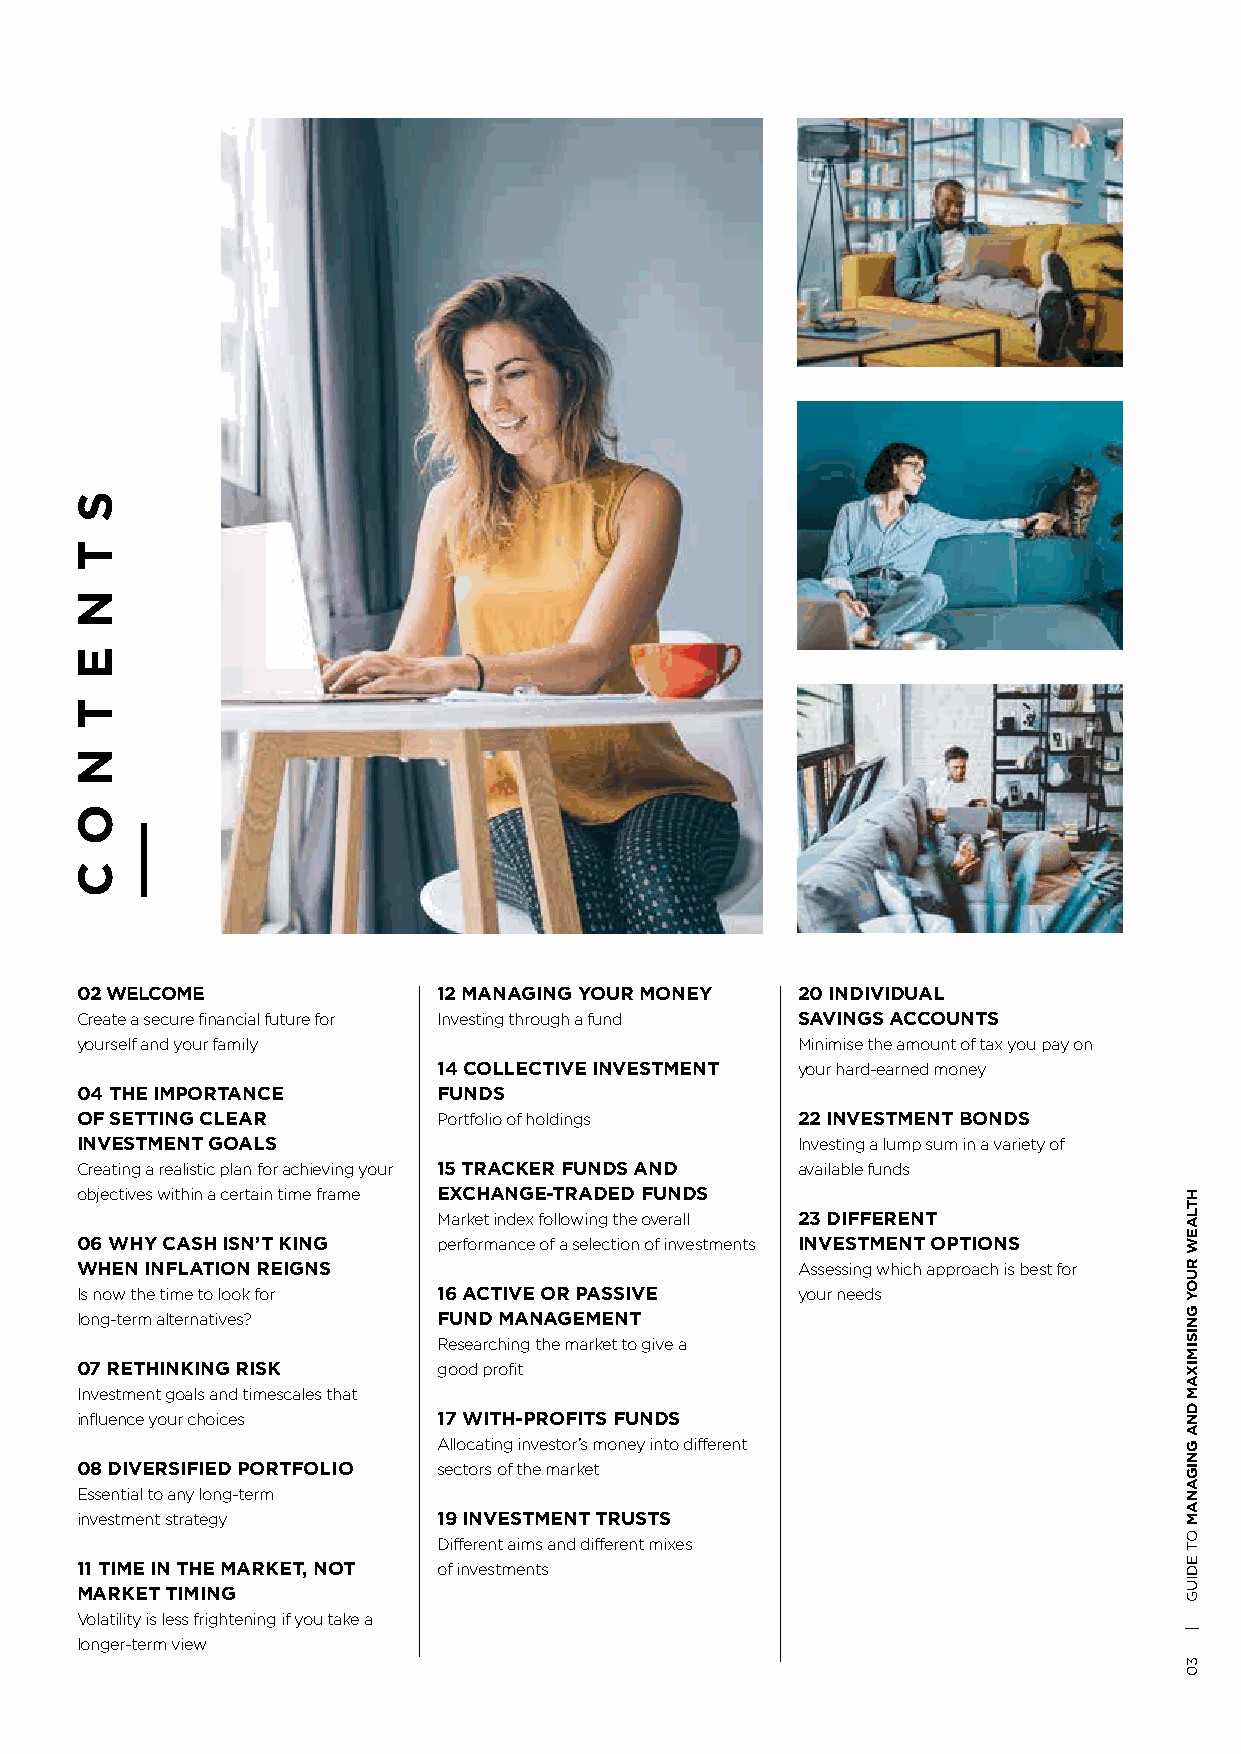
02 WELCOME              12 MANAGING YOUR MONEY  20 INDIVIDUAL
 Create a secure financial future for Investing through a fund SAVINGS ACCOUNTS
 yourself and your family                        Minimise the amount of tax you pay on
 14 COLLECTIVE INVESTMENT your hard-earned money
 04 THE IMPORTANCE       FUNDS
 OF SETTING CLEAR        Portfolio of holdings   22 INVESTMENT BONDS
 INVESTMENT GOALS                                Investing a lump sum in a variety of
 Creating a realistic plan for achieving your 15 TRACKER FUNDS AND available funds
 objectives within a certain time frame EXCHANGE-TRADED FUNDS
 Market index following the overall 23 DIFFERENT
 06 WHY CASH ISN’T KING  performance of a selection of investments INVESTMENT OPTIONS
 WHEN INFLATION REIGNS                           Assessing which approach is best for
 Is now the time to look for 16 ACTIVE OR PASSIVE your needs
 long-term alternatives? FUND MANAGEMENT
 Researching the market to give a
 07 RETHINKING RISK      good profit
 Investment goals and timescales that
 influence your choices  17 WITH-PROFITS FUNDS
 Allocating investor’s money into different
 08 DIVERSIFIED PORTFOLIO sectors of the market
 Essential to any long-term
 investment strategy     19 INVESTMENT TRUSTS
 Different aims and different mixes
 11 TIME IN THE MARKET, NOT of investments
 MARKET TIMING
 Volatility is less frightening if you take a
 longer-term view
 S
 T
 N
 E
 T
 N
 O
 C
 HTLAEW
 RUOY
 GNISIMIXAM
 DNA
 GNIGANAM
 OT
 EDIUG
 |
 30